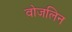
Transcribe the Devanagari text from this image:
वोजलिन